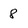
Character: 8